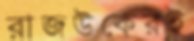
রাজউকেরই